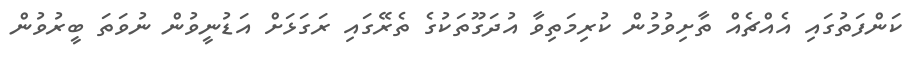
ކަންފަތުގައި އެއްޗެއް ތާށިވުމުން ކުރިމަތިވާ އުދަގޫތަކުގެ ތެރޭގައި ރަގަޅަށް އަޑުނީވުން ނުވަތަ ބީރުވުން